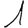
Digit: 1